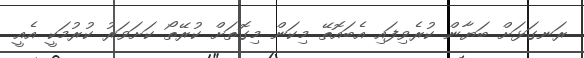
ރަނގަޅަށް ބަޔާން ކުރެވިފައި އެބައޮތޭ މިކަން މިގޮތަށް ކުރޭތޯ ކަށަވަރު ކުރުމަކީ އެއީ